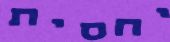
יחסית